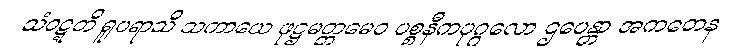
သံဝဋ္ဋတိ ရူပရာသိ သကာယေ ဖုဋ္ဌမတ္တမေဝ ပစ္စနီကပုဂ္ဂလော ဌပေန္တာ အကတေန